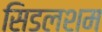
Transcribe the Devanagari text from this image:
सिडलशम